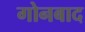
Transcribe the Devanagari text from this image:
गोनबाद